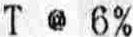
T @ 6%